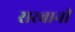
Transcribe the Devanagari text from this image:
सरबानी